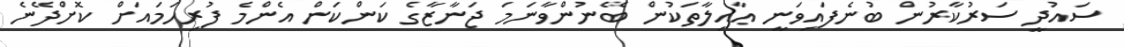
ސައުދީ ސަރުކާރުން ބުނެފައިވަނީ ޢާއިލާތަކުން ބޭނުންވާނަމަ ޖަނާޒާގެ ކަންކަން އެންމެ ފުރިހަމައަށް ކޮށްދޭނެ